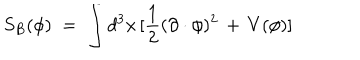
S _ { B } ( \phi ) \; = \; \int d ^ { 3 } x \, [ \frac { 1 } { 2 } ( \partial \cdot \phi ) ^ { 2 } \, + \, V ( \phi ) ]